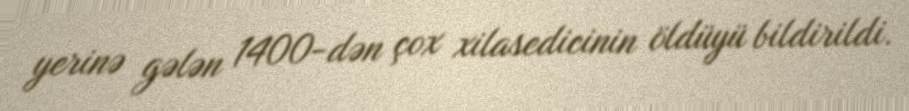
yerinə gələn 1400-dən çox xilasedicinin öldüyü bildirildi.